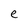
Character: e